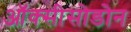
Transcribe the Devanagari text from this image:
ऑक्सीसोडोन